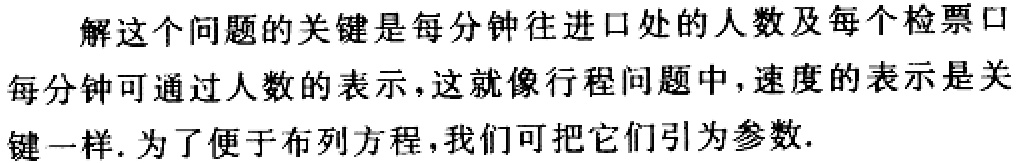
解这个问题的关键是每分钟往进口处的人数及每个检票口每分钟可通过人数的表示，这就像行程问题中，速度的表示是关键一样. 为了便于布列方程，我们可把它们引为参数.